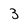
Character: 3